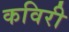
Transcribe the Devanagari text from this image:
कविरी